Sketch of the medical history of the native army of Bombay, for the year
Year: 1870
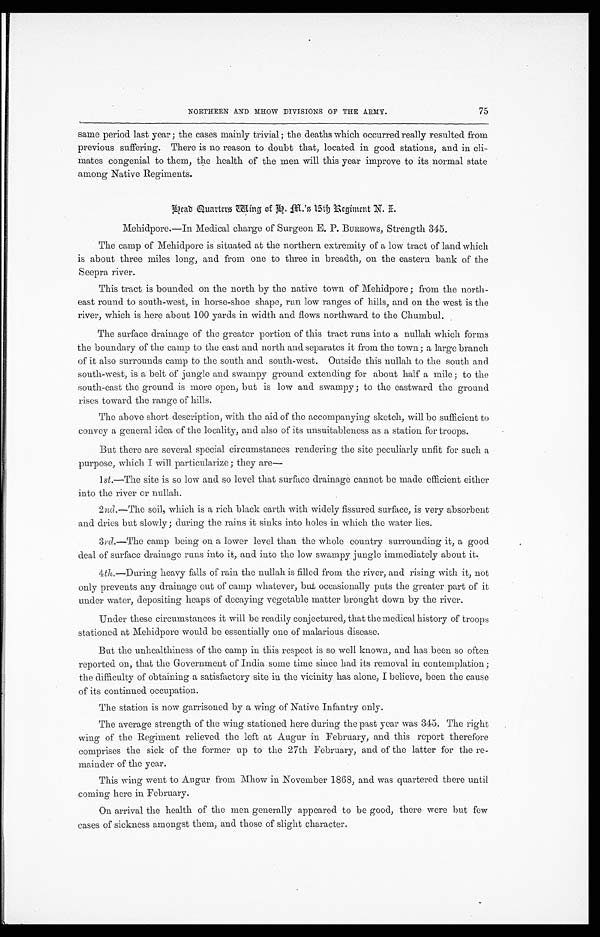
75
NORTHERN AND MHOW DIVISIONS OF THE ARMY.
same period last year; the cases mainly trivial; the deaths which occurred really resulted from
previous suffering. There is no reason to doubt that, located in good stations, and in cli
-mates congenial to them, the health of the men will this year improve to its normal state
among Native Regiments.
Head Quarters Wing of H. M.'s 15th Regiment N. I.
Mehidpore.—In Medical charge of Surgeon E. P. BURROWS, Strength 345.
The camp of Mehidpore is situated at the northern extremity of a low tract of land which.
is about three miles long, and from one to three in breadth, on the eastern bank of the
Seepra river.
This tract is bounded on the north by the native town of Mehidpore; from the north
-east round to south-west, in horse-shoe shape, run low ranges of hills, and on the west is the
river, which is here about 100 yards in width and flows northward to the Chumbul.
The surface drainage of the greater portion of this tract runs into a nullah which forms
the boundary of the camp to the east and north and separates it from the town; a large branch
of it also surrounds camp to the south and south-west. Outside this nullah to the south and
south-west, is a belt of jungle and swampy ground extending for about half a mile; to the
south-east the ground is more open, but is low and swampy; to the eastward the ground
rises toward the range of hills.
The above short description, with the aid of the accompanying sketch, will be sufficient to
convey a general idea of the locality, and also of its unsuitableness as a station for troops.
But there are several special circumstances rendering the site peculiarly unfit for such a
purpose, which I will particularize; they are
—
l st .—The site is so low and so level that surface drainage cannot be made efficient either
into the river or nullah.
2 nd .—The soil, which is a rich black earth with widely fissured surface, is very absorbent
and dries but slowly; during the rains it sinks into holes in which the water lies.
3rd .—The camp being on a lower level than the whole country surrounding it, a good
deal of surface drainage runs into it, and into the low swampy jungle immediately about it.
4 th .—During heavy falls of rain the nullah is filled from the river, and rising with it, not
only prevents any drainage out of camp whatever, but occasionally puts the greater part of it
under water, depositing heaps of decaying vegetable matter brought down by the river.
Under these circumstances it will be readily conjectured, that the medical history of troops
stationed at Mehidpore would be essentially one of malarious disease.
But the unhealthiness of the camp in this respect is so well known, and has been so often
reported on, that the Government of India some time since had its removal in contemplation;
the difficulty of obtaining a satisfactory site in the vicinity has alone, I believe, been the cause
of its continued occupation.
The station is now garrisoned by a wing of Native Infantry only.
The average strength of the wing stationed here during the past year was 345. The right
wing of the Regiment relieved the left at Augur in February, and this report therefore
comprises the sick of the former up to the 27th February, and of the latter for the re
-mainder of the year.
This wing went to Augur from Mhow in November 1868, and was quartered there until
coming here in February.
On arrival the health of the men generally appeared to be good, there were but few
cases of sickness amongst them, and those of slight character.